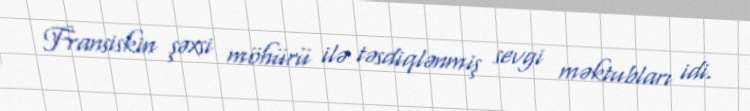
Fransiskin şəxsi möhürü ilə təsdiqlənmiş sevgi məktubları idi.